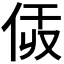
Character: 𠈯